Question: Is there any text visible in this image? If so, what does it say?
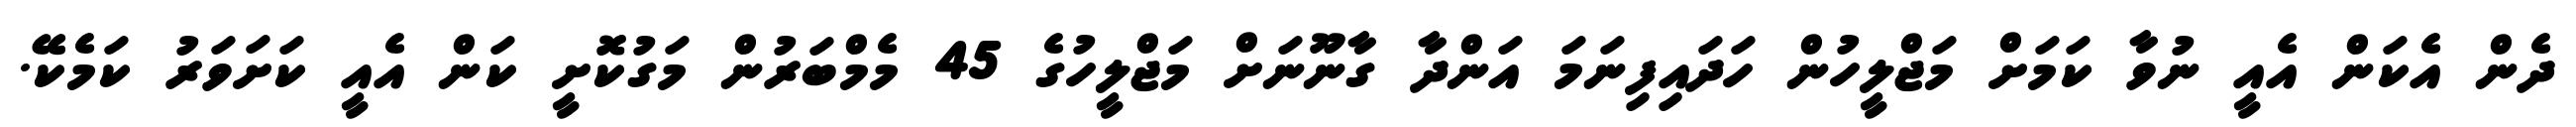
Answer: ދެން އެކަން އެއީ ނުވާ ކަމަށް މަޖްލީހުން ހަދައިފިނަމަ އަންދާ ގާނޫނަށް މަޖްލީހުގެ 45 މެމްބަރުން މަގުކޮށީ ކަން އެއީ ކަށަވަރު ކަމެކޭ.